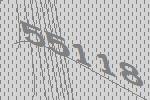
55118